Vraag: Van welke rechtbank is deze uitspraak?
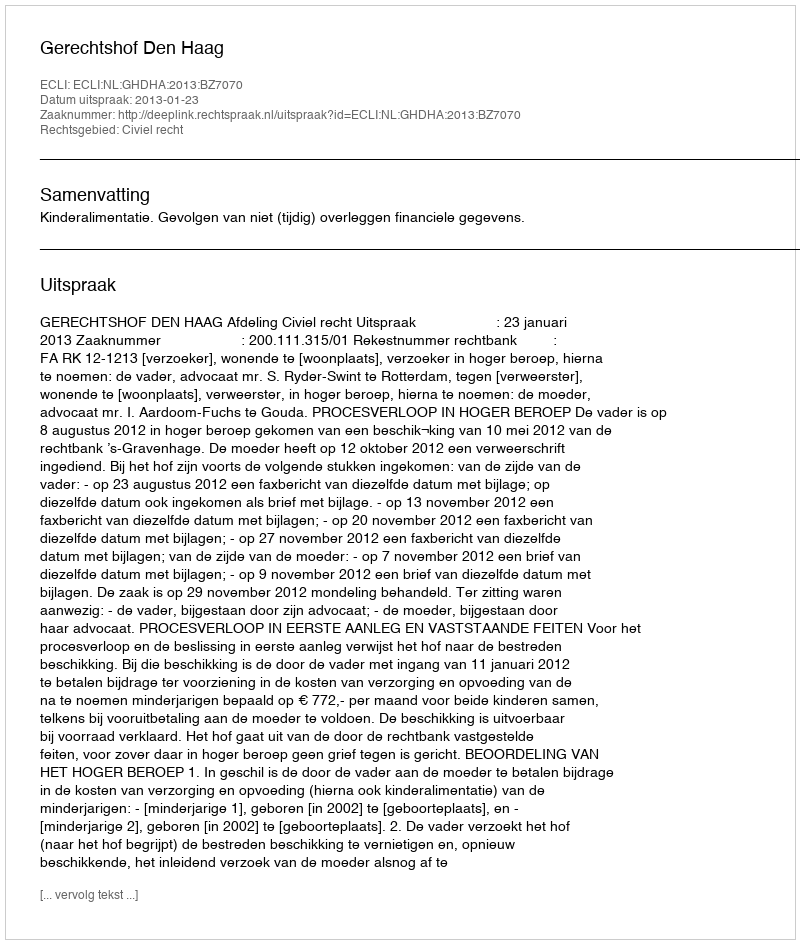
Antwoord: Gerechtshof Den Haag